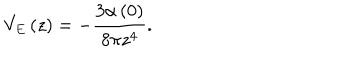
V _ { E } \left( z \right) = - \frac { 3 \alpha \left( 0 \right) } { 8 \pi z ^ { 4 } } .